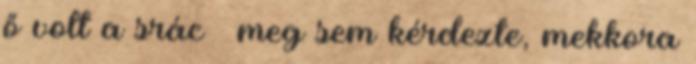
ő volt a srác – meg sem kérdezte, mekkora